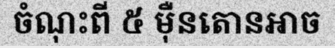
ចំណុះពី ៥ ម៉ឺនតោនអាច